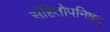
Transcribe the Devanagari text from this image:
संहितोपनिषद्